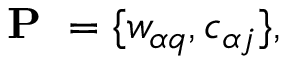
\mathrm { ~ \bf ~ P ~ } = \{ w _ { \alpha q } , c _ { \alpha j } \} ,